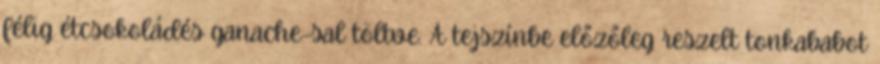
félig étcsokoládés ganache-sal töltve. A tejszínbe előzőleg reszelt tonkababot